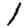
Digit: 1